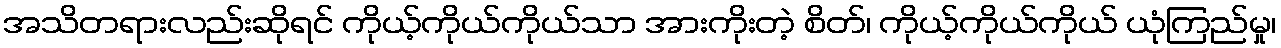
အသိတရားလည်းဆိုရင် ကိုယ့်ကိုယ်ကိုယ်သာ အားကိုးတဲ့ စိတ်၊ ကိုယ့်ကိုယ်ကိုယ် ယုံကြည်မှု၊